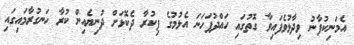
އެމަނިކުފާނު ވިދާޅުވެފައިވާ ގޮތުގައި ހައްދުފަހަނަ އެޅުމުގެ ފިކުރާ ދެކޮޅަށް ދުނިޔެއިން ކުރާ ހަނގުރާމައިގައި